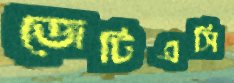
জেটিএসি